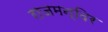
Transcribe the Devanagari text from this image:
राजमन्दिर